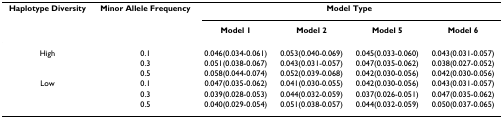
<table><thead><tr><td><b>Haplotype Diversity</b></td><td><b>Minor Allele Frequency</b></td><td colspan="4"><b>Model Type</b></td></tr><tr><td></td><td></td><td><b>Model 1</b></td><td><b>Model 2</b></td><td><b>Model 5</b></td><td><b>Model 6</b></td></tr></thead><tbody><tr><td>High</td><td>0.1</td><td>0.046(0.034-0.061)</td><td>0.053(0.040-0.069)</td><td>0.045(0.033-0.060)</td><td>0.043(0.031-0.057)</td></tr><tr><td></td><td>0.3</td><td>0.051(0.038-0.067)</td><td>0.043(0.031-0.057)</td><td>0.047(0.035-0.062)</td><td>0.038(0.027-0.052)</td></tr><tr><td></td><td>0.5</td><td>0.058(0.044-0.074)</td><td>0.052(0.039-0.068)</td><td>0.042(0.030-0.056)</td><td>0.042(0.030-0.056)</td></tr><tr><td>Low</td><td>0.1</td><td>0.047(0.035-0.062)</td><td>0.041(0.030-0.055)</td><td>0.042(0.030-0.056)</td><td>0.043(0.031-0.057)</td></tr><tr><td></td><td>0.3</td><td>0.039(0.028-0.053)</td><td>0.044(0.032-0.059)</td><td>0.037(0.026-0.051)</td><td>0.047(0.035-0.062)</td></tr><tr><td></td><td>0.5</td><td>0.040(0.029-0.054)</td><td>0.051(0.038-0.057)</td><td>0.044(0.032-0.059)</td><td>0.050(0.037-0.065)</td></tr></tbody></table>